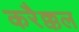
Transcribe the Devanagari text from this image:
करैक्कल